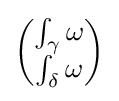
{\begin{pmatrix}\int _{\gamma }\omega \\\int _{\delta }\omega \end{pmatrix}}